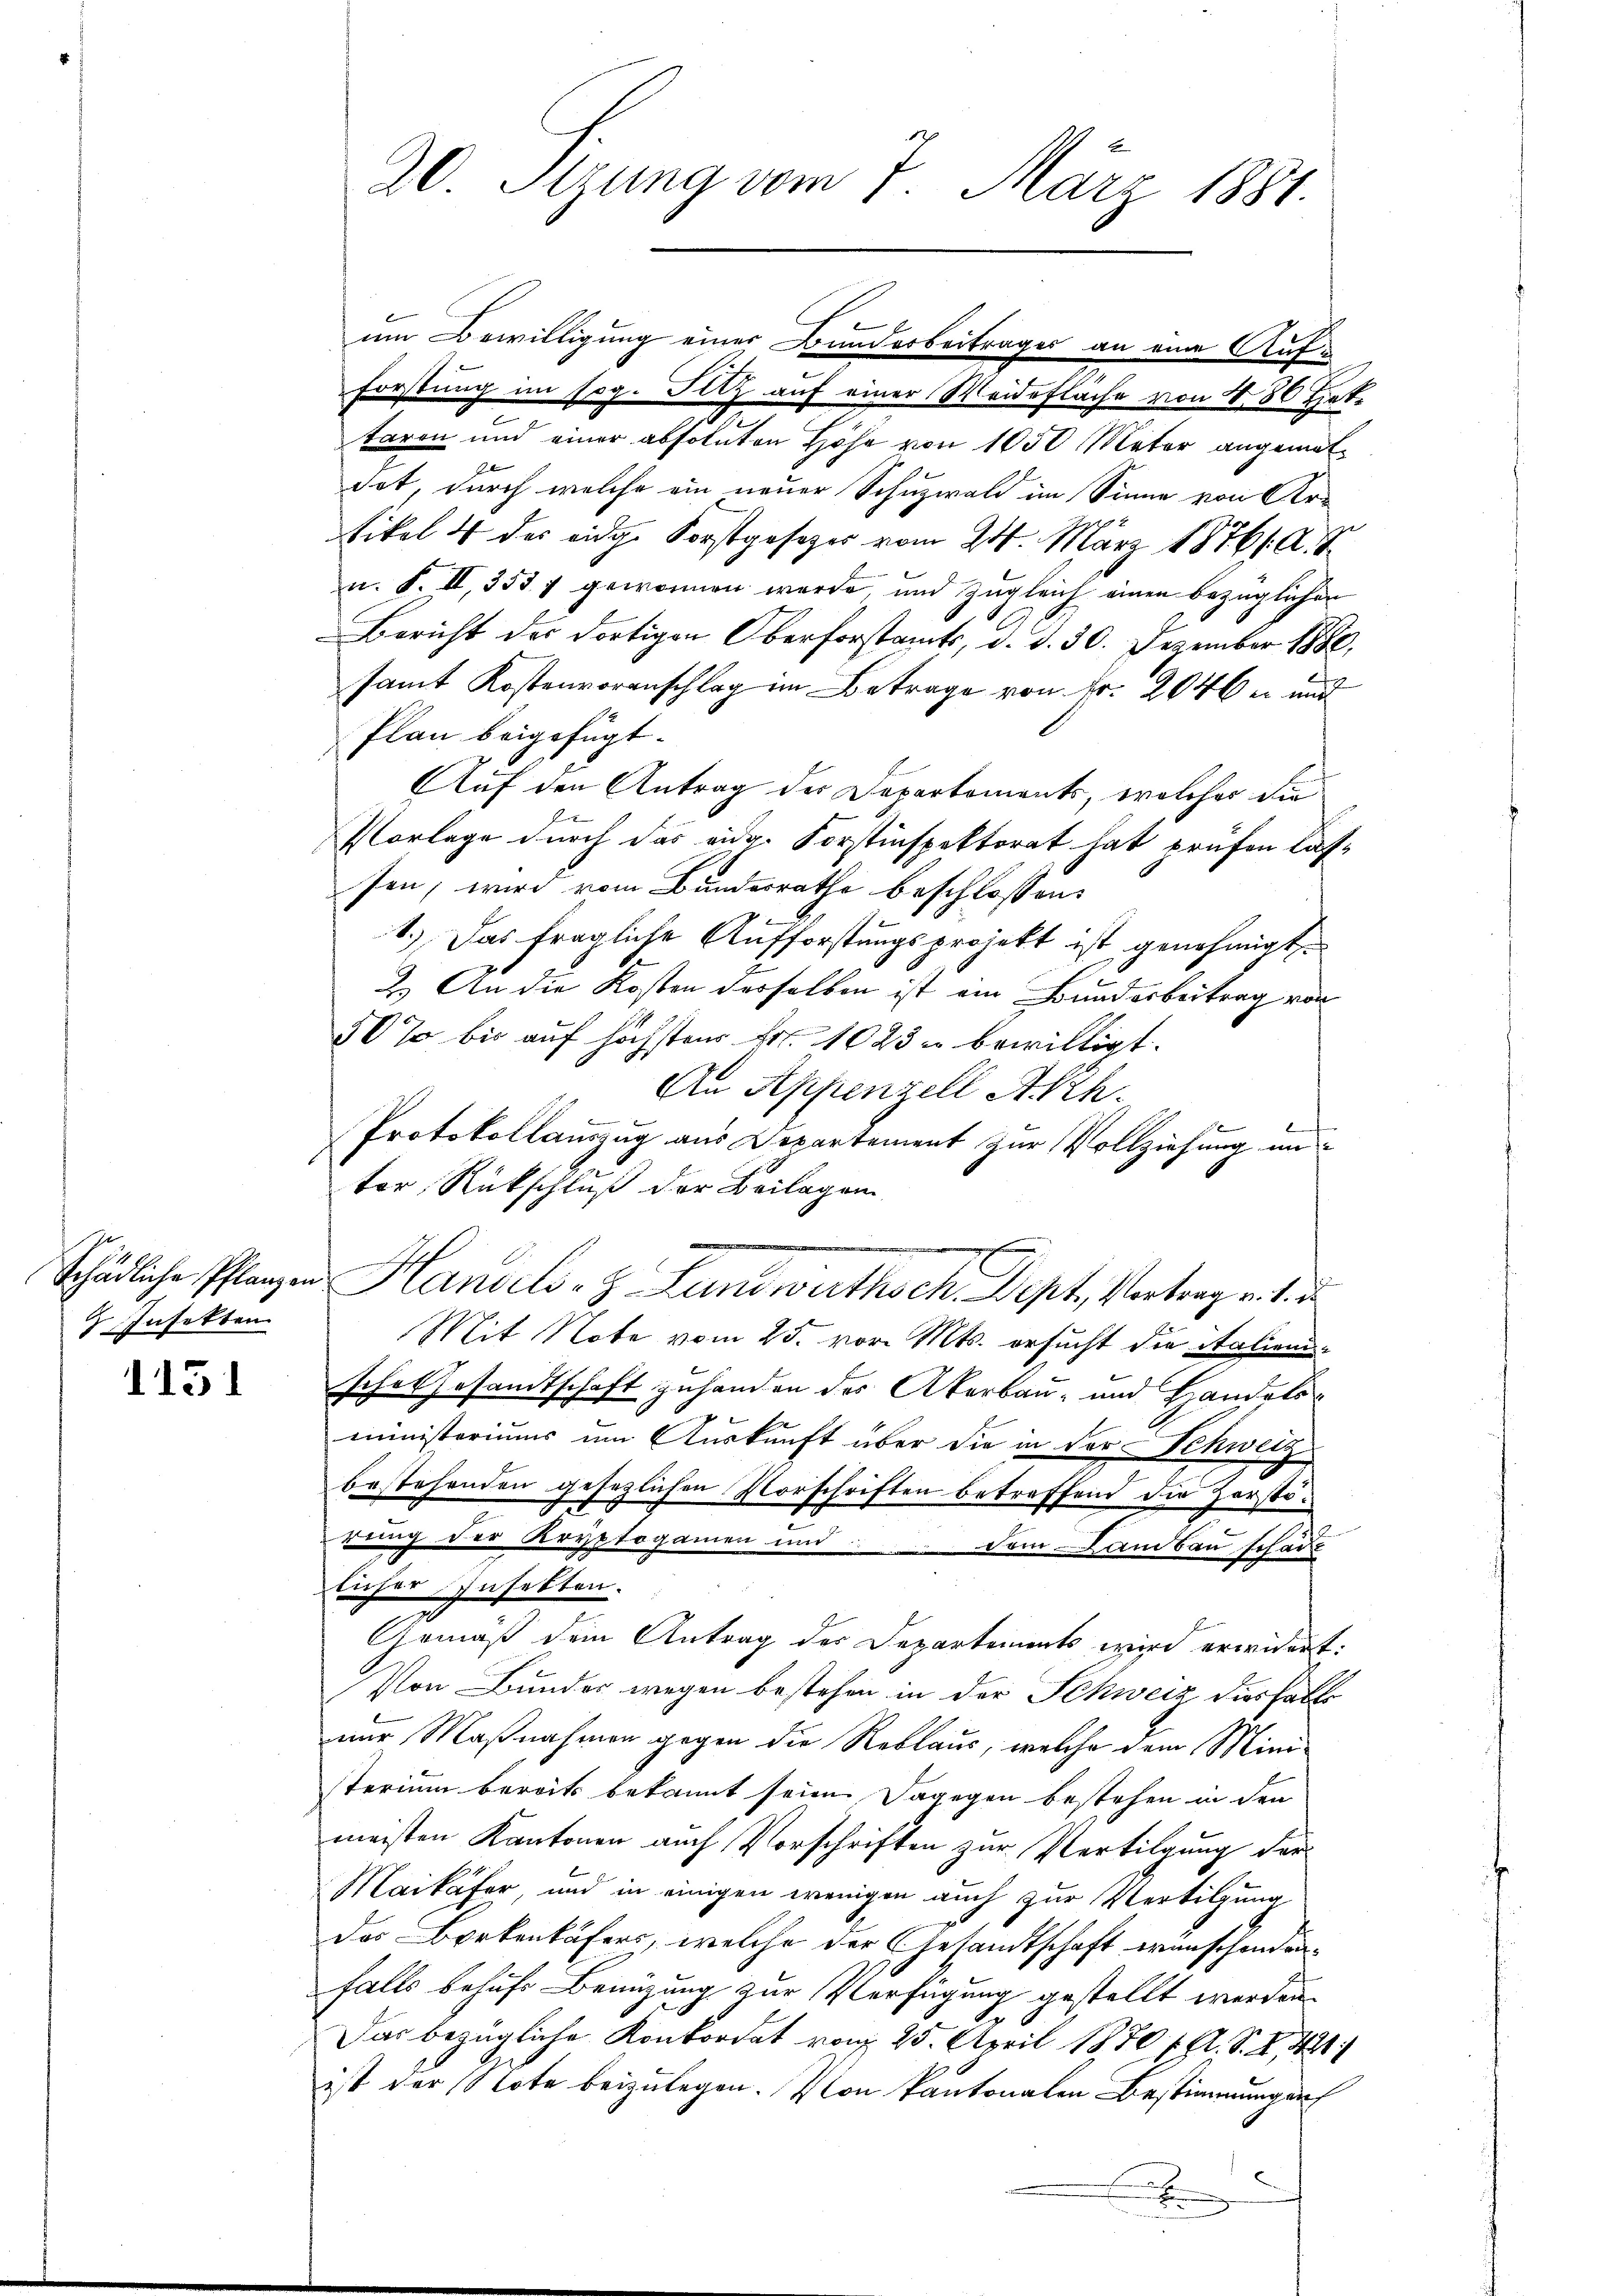
Insekten

1151

20. Seizung vom 7. März 1881.

Forstung im sog. Sitz auf einer Weideflache von 480 Hat
taren und einer absoluten Höhe von 1050 Mater angematdet, durch welche ein neuer Schuzwald im Sinne von Artikel 4 des eidge Forstgesetzes vom 24. März 18761. A. S.
u. S. II, 353 f gewonnen werde, und zugleich einen bezüglichen
Bericht der dortigen Oberforstamts, d. d. 30. Dezember 1880.
samt Kostenvoranschlag im Betrage von Fr. 2040 u und
Plan beigefügt.
Auf den Antrag der Departements, welches die
Vorlage durch das eidg. Forstinspektorat hat prüfen lassen, wird vom Bundesrathe beschlossen:
1.) Das fragliche Aufforstungsprojekt ist genehmigt.
2.) An die Kosten desselben ist ein Bunderbeitrag von
50% bis auf höchsten Fr. 1023 u bewilligt.
An Appenzell Akch.
Protokollauszug aus Departement zur Vollziehung un
tor, Rückschluß der Beilagen
e
Schädliche Pflanzen Handels- Landwirthsch. Dept, Vortrag v. 1. d.
Mit Note vom 25. vor. Mts. ersucht die italienische Gesandtschaft zuhanden des Akerbau- und Handelsministeriums im Auskunft über die in der Schweiz
bestehenden gesetzlichen Vorschriften betreffend die Zerstörung der Kryptogamen und dem Lambau schade
licher Infekten.
Gemäß dem Antrag der Departements wird erwidert.
Von Bunder wegen bestehen in der Schweiz diesfalls
nur Maßnahmen gegen die Reblaus, welche dem Ministerium bereits bekannt seien. Dagegen bestehen in den
meisten Kantonen auch Vorschriften zur Vertilgung der¬
Maikäfer, und in einigen wenigen auch zur Vertilgung
das Borkenkäfers, welche der Gesandtschaft eranschendunfalls behufs Benützung zur Verfügung gestellt werden.
Das bezügliche Konkordat vom 25. April 1870 f. A. S. S. 421
ist der Note beizulegen. Von Kantonalen Bestimmung auf
h

um Bewilligung einer Bunderbeitrages an eine Auf¬